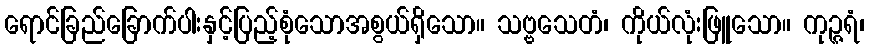
ရောင်ခြည်ခြောက်ပါးနှင့်ပြည့်စုံသောအစွယ်ရှိသော။ သဗ္ဗသေတံ၊ ကိုယ်လုံးဖြူသော။ ကုဉ္ဇရံ၊